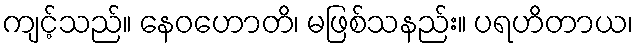
ကျင့်သည်။ နေဝဟောတိ၊ မဖြစ်သနည်း။ ပရဟိတာယ၊